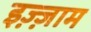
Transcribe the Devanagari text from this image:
इज़्ज़ाम